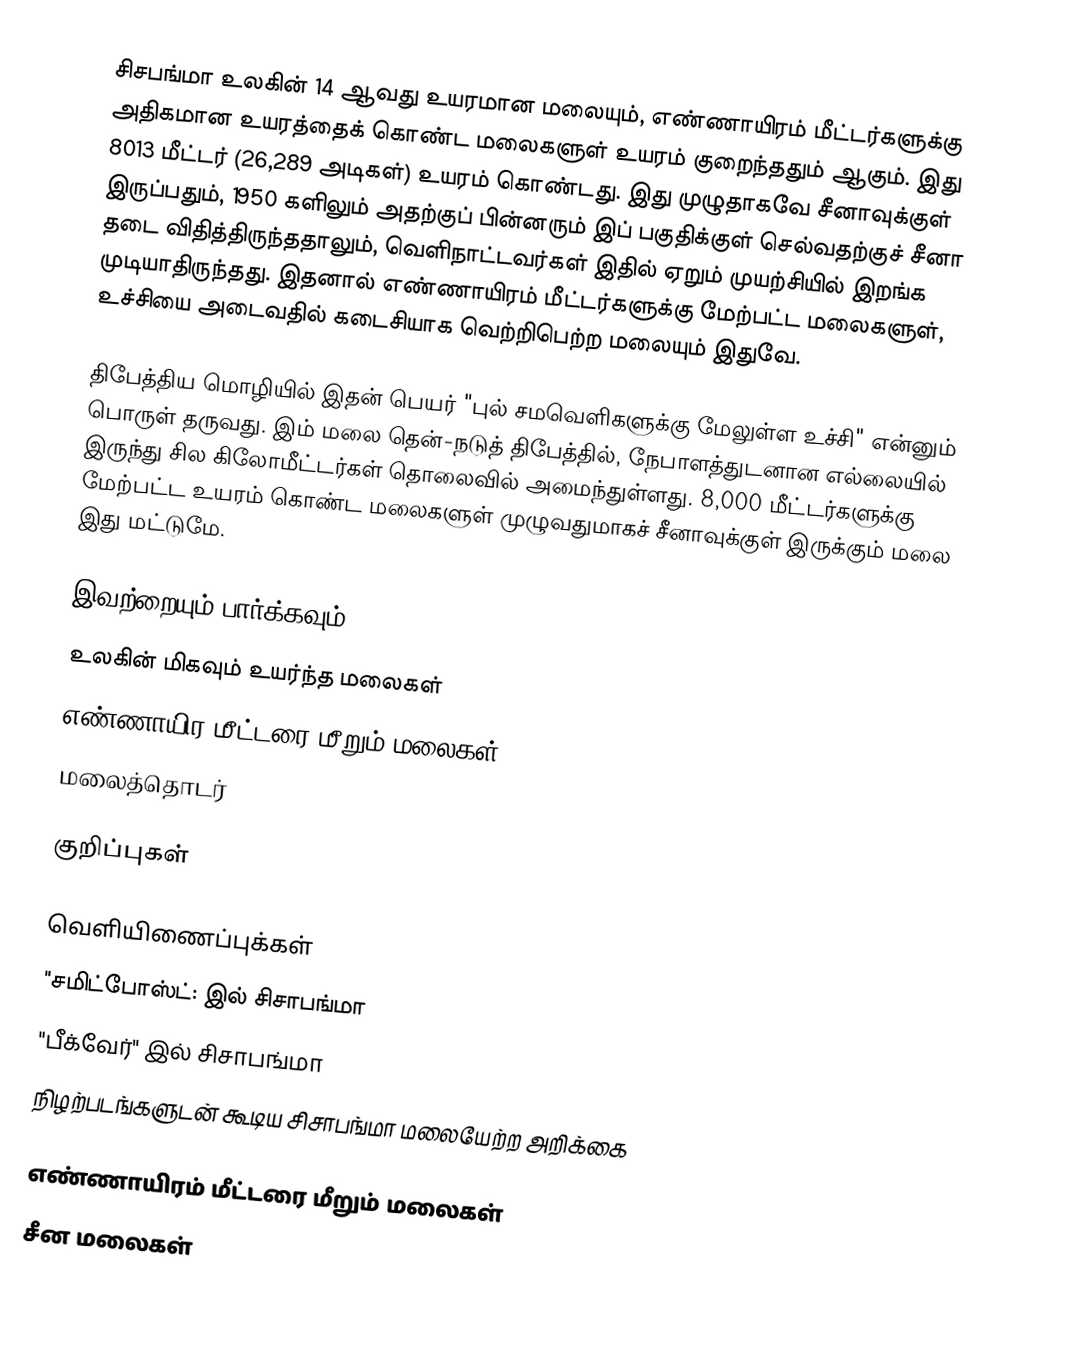
சிசபங்மா உலகின் 14 ஆவது உயரமான மலையும், எண்ணாயிரம் மீட்டர்களுக்கு அதிகமான உயரத்தைக் கொண்ட மலைகளுள் உயரம் குறைந்ததும் ஆகும். இது 8013 மீட்டர் (26,289 அடிகள்) உயரம் கொண்டது. இது முழுதாகவே சீனாவுக்குள் இருப்பதும், 1950 களிலும் அதற்குப் பின்னரும் இப் பகுதிக்குள் செல்வதற்குச் சீனா தடை விதித்திருந்ததாலும், வெளிநாட்டவர்கள் இதில் ஏறும் முயற்சியில் இறங்க முடியாதிருந்தது. இதனால் எண்ணாயிரம் மீட்டர்களுக்கு மேற்பட்ட மலைகளுள், உச்சியை அடைவதில் கடைசியாக வெற்றிபெற்ற மலையும் இதுவே.

திபேத்திய மொழியில் இதன் பெயர் "புல் சமவெளிகளுக்கு மேலுள்ள உச்சி" என்னும் பொருள் தருவது. இம் மலை தென்-நடுத் திபேத்தில், நேபாளத்துடனான எல்லையில் இருந்து சில கிலோமீட்டர்கள் தொலைவில் அமைந்துள்ளது. 8,000 மீட்டர்களுக்கு மேற்பட்ட உயரம் கொண்ட மலைகளுள் முழுவதுமாகச் சீனாவுக்குள் இருக்கும் மலை இது மட்டுமே.

இவற்றையும் பார்க்கவும்
 உலகின் மிகவும் உயர்ந்த மலைகள்
 எண்ணாயிர மீட்டரை மீறும் மலைகள்
 மலைத்தொடர்

குறிப்புகள்

வெளியிணைப்புக்கள்
 "சமிட்போஸ்ட்: இல் சிசாபங்மா
 "பீக்வேர்" இல் சிசாபங்மா
 நிழற்படங்களுடன் கூடிய சிசாபங்மா மலையேற்ற அறிக்கை

எண்ணாயிரம் மீட்டரை மீறும் மலைகள்
சீன மலைகள்